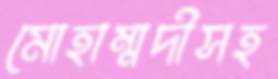
মোহাম্মদীসহ